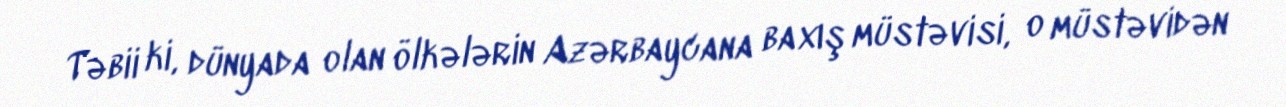
Təbii ki, dünyada olan ölkələrin Azərbaycana baxış müstəvisi, o müstəvidən